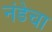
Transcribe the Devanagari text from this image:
नंडेचा